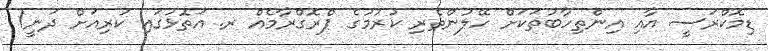
ޑިމޮކްރަސީ އާއި އިންތިހާބުތަކަށް ހޭލުންތެރި ކުުރުމުގެ ޕްރޮގްރާމެއް ރ. އަތޮޅުގައި ކުރިއަށް ދަނީ1